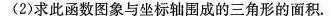
(2)求此函数图象与坐标轴围成的三角形的面积。